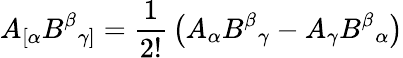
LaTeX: A_{[\alpha}B^{\beta}{}_{\gamma]}={\frac{1}{2!}}\left(A_{\alpha}B^{\beta}{}_{\gamma}-A_{\gamma}B^{\beta}{}_{\alpha}\right)